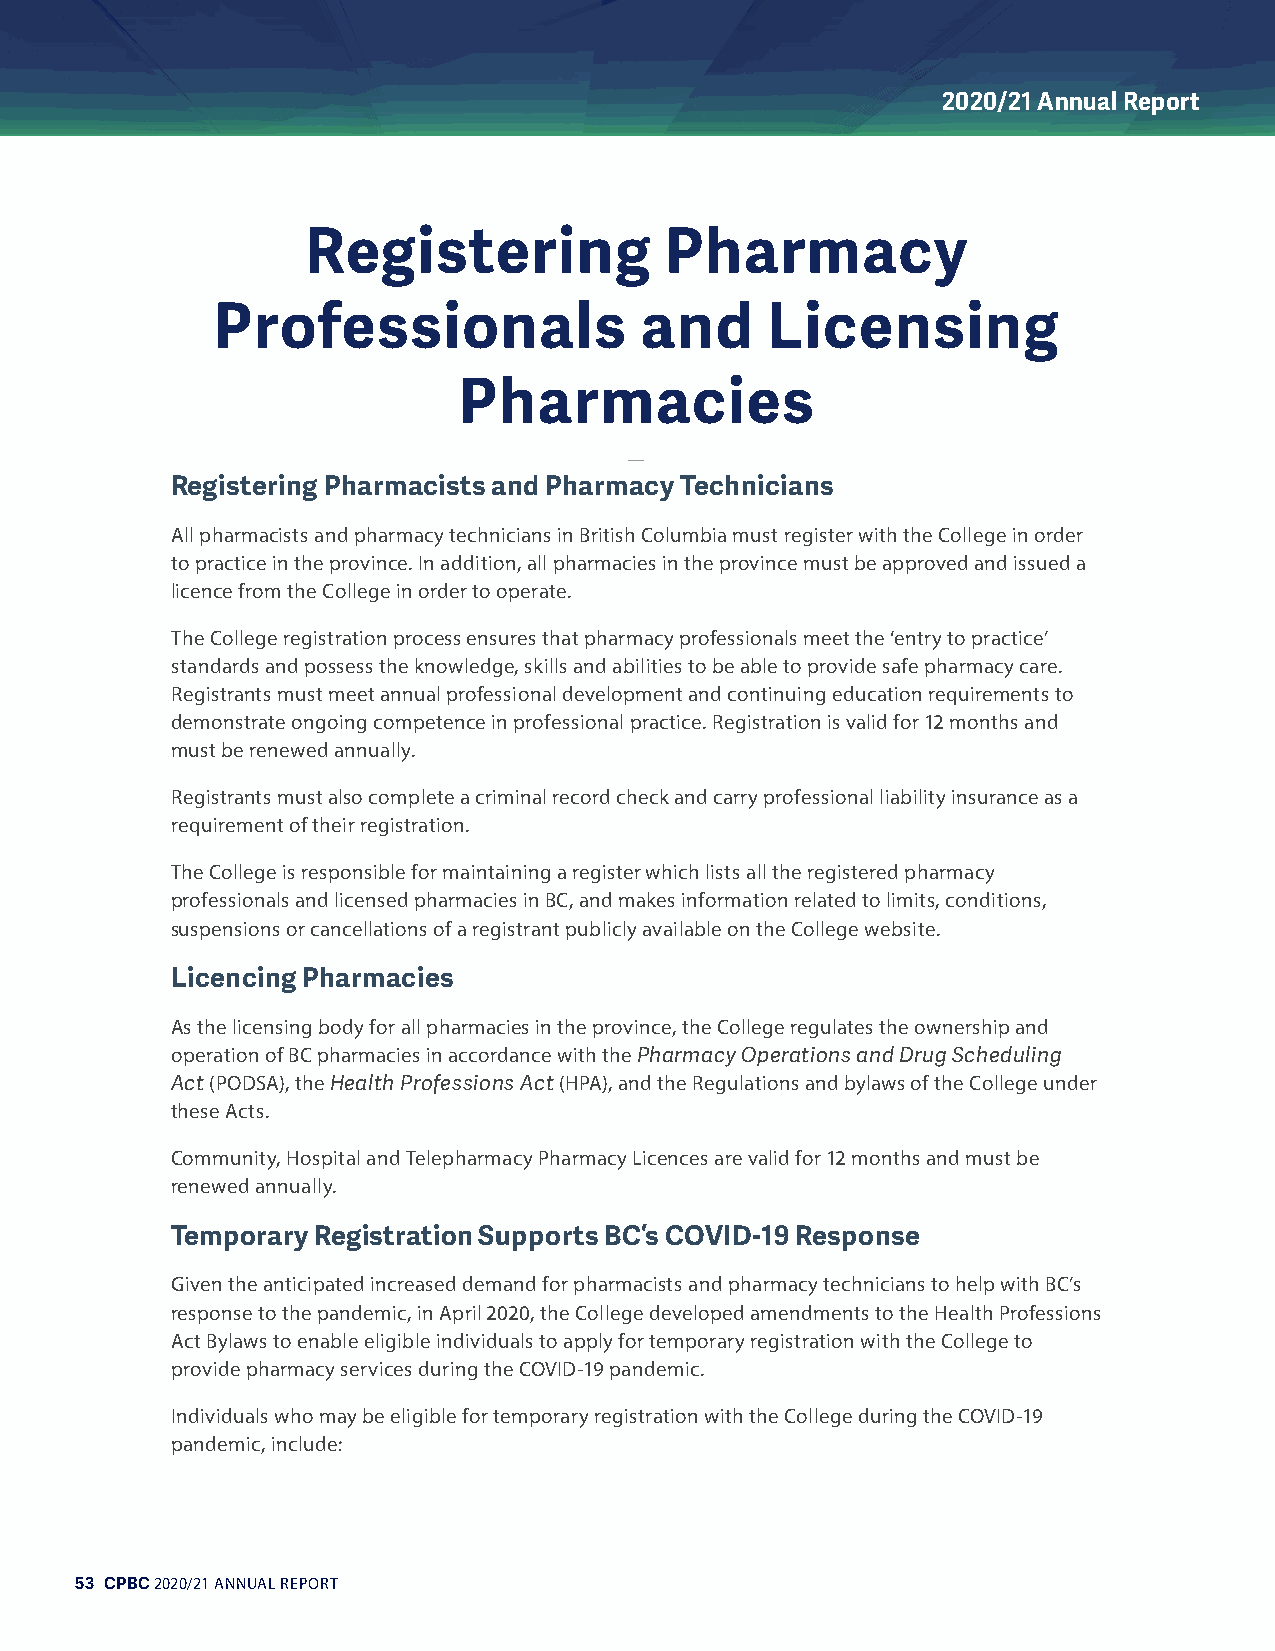
2020/21 Annual Report
 Registering             Pharmacy
 Professionals               and      Licensing
 Pharmacies
 Registering Pharmacists and Pharmacy Technicians
 All pharmacists and pharmacy technicians in British Columbia must register with the College in order
 to practice in the province. In addition, all pharmacies in the province must be approved and issued a
 licence from the College in order to operate.
 The College registration process ensures that pharmacy professionals meet the ‘entry to practice’
 standards and possess the knowledge, skills and abilities to be able to provide safe pharmacy care.
 Registrants must meet annual professional development and continuing education requirements to
 demonstrate ongoing competence in professional practice. Registration is valid for 12 months and
 must be renewed annually.
 Registrants must also complete a criminal record check and carry professional liability insurance as a
 requirement of their registration.
 The College is responsible for maintaining a register which lists all the registered pharmacy
 professionals and licensed pharmacies in BC, and makes information related to limits, conditions,
 suspensions or cancellations of a registrant publicly available on the College website.
 Licencing Pharmacies
 As the licensing body for all pharmacies in the province, the College regulates the ownership and
 operation of BC pharmacies in accordance with the Pharmacy Operations and Drug Scheduling
 Act (PODSA), the Health Professions Act (HPA), and the Regulations and bylaws of the College under
 these Acts.
 Community, Hospital and Telepharmacy Pharmacy Licences are valid for 12 months and must be
 renewed annually.
 Temporary Registration Supports BC’s COVID-19 Response
 Given the anticipated increased demand for pharmacists and pharmacy technicians to help with BC’s
 response to the pandemic, in April 2020, the College developed amendments to the Health Professions
 Act Bylaws to enable eligible individuals to apply for temporary registration with the College to
 provide pharmacy services during the COVID-19 pandemic.
 Individuals who may be eligible for temporary registration with the College during the COVID-19
 pandemic, include:
 53 CPBC 2020/21 ANNUAL REPORT